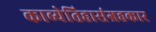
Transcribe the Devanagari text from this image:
काव्येतिहासंग्रहकार